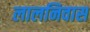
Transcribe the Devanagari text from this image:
लालनिवास